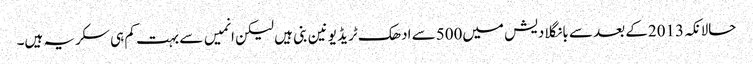
حالانکہ2013کے بعد سے بانگلادیش میں500سے ادھک ٹریڈ یونین بنی ہیں لیکن انمیں سے بہت کم ہی سکریہ ہیں۔